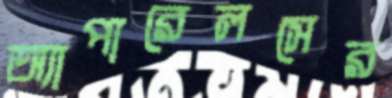
অ্যাপারেলসের